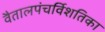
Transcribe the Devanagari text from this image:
वैतालपंचर्विशतिका